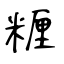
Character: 糎